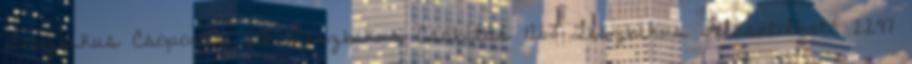
Leszbikus Csoportos 296 Leszbikus Csábítás 1267 Leszbikus Felcsatolható 2297